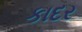
કાદર